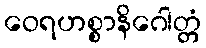
ဝေရဟစ္စာနိဂေါတ္တံ